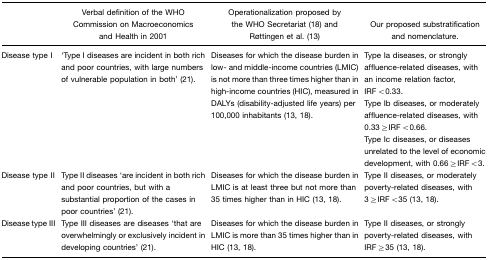
<table><thead><tr><td></td><td><b>Verbal definition of the WHO Commission on Macroeconomics and Health in 2001</b></td><td><b>Operationalization proposed by the WHO Secretariat (18) and Røttingen et al. (13)</b></td><td><b>Our proposed substratification and nomenclature.</b></td></tr></thead><tbody><tr><td>Disease type I</td><td>‘Type I diseases are incident in both rich and poor countries, with large numbers of vulnerable population in both’ (21).</td><td>Diseases for which the disease burden in low- and middle-income countries (LMIC) is not more than three times higher than in high-income countries (HIC), measured in DALYs (disability-adjusted life years) per 100,000 inhabitants (13, 18).</td><td>Type Ia diseases, or strongly affluence-related diseases, with an income relation factor, IRF&lt;0.33.Type Ib diseases, or moderately affluence-related diseases, with 0.33≥IRF&lt;0.66.Type Ic diseases, or diseases unrelated to the level of economic development, with 0.66≥IRF&lt;3.</td></tr><tr><td>Disease type II</td><td>Type II diseases ‘are incident in both rich and poor countries, but with a substantial proportion of the cases in poor countries’ (21).</td><td>Diseases for which the disease burden in LMIC is at least three but not more than 35 times higher than in HIC (13, 18).</td><td>Type II diseases, or moderately poverty-related diseases, with 3≥IRF&lt;35 (13, 18).</td></tr><tr><td>Disease type III</td><td>Type III diseases are diseases ‘that are overwhelmingly or exclusively incident in developing countries’ (21).</td><td>Diseases for which the disease burden in LMIC is more than 35 times higher than in HIC (13, 18).</td><td>Type II diseases, or strongly poverty-related diseases, with IRF≥35 (13, 18).</td></tr></tbody></table>